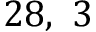
2 8 , \ 3